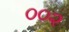
૦૦૨